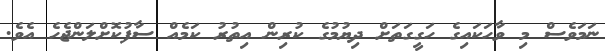
ނަމަވެސް މި ވާހަކައިގެ ހަގީގަތަށް ދިޔުމުގެ ކުރިން އިތުރު ކަމެއް ސާފުކޮށްލަންޖެހެ އެވެ.